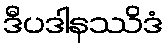
ဒီပဒါနဿိဒံ